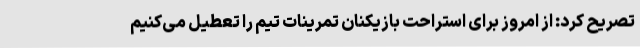
تصریح کرد: از امروز برای استراحت بازیکنان تمرینات تیم را تعطیل می‌کنیم